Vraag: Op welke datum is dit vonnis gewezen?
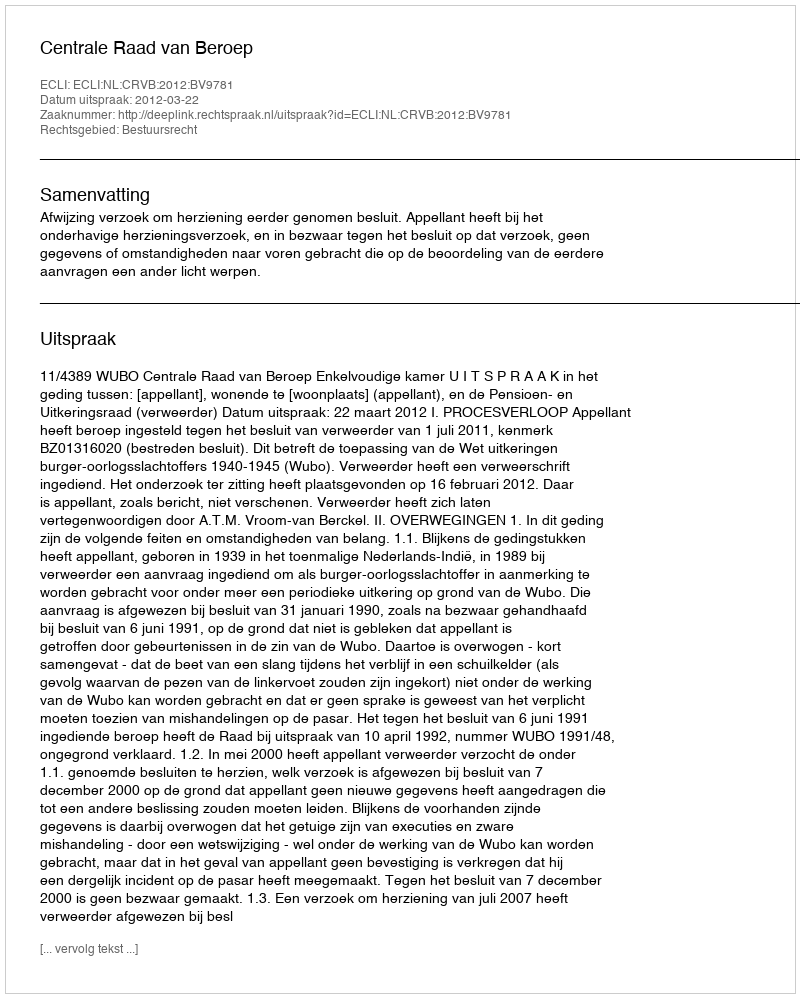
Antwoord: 2012-03-22